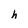
Character: h